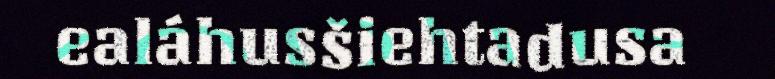
ealáhusšiehtadusa